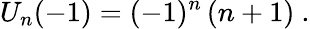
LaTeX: U_{n}(-1)=(-1)^{n}\, (n+1)~.